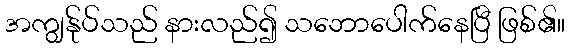
အကျွန်ုပ်သည် နားလည်၍ သဘောပေါက်နေပြီ ဖြစ်၏။